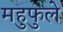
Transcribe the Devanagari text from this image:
महुफुले